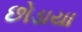
છોડાયા